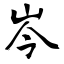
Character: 岑